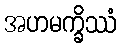
အဟမက္ခိဿံ